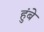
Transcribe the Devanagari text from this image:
हुंबे